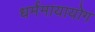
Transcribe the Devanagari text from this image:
धर्ममायायोग